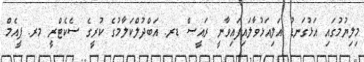
މިލިޔުމުގައި އަޅުގަނޑު އަލިއަޅުވާލައިފައިވާނީ ރައީސް ޑރ. އަބްދުލްކަލާމުގެ ކުރީގެ ސެކެޓްރީ މރ. ޕީއެމް